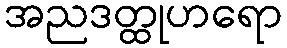
အညဒတ္ထုဟရော